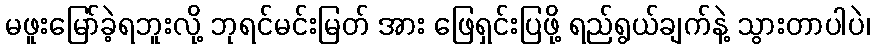
မဖူးမြော်ခဲ့ရဘူးလို့ ဘုရင်မင်းမြတ် အား ဖြေရှင်းပြဖို့ ရည်ရွယ်ချက်နဲ့ သွားတာပါပဲ၊